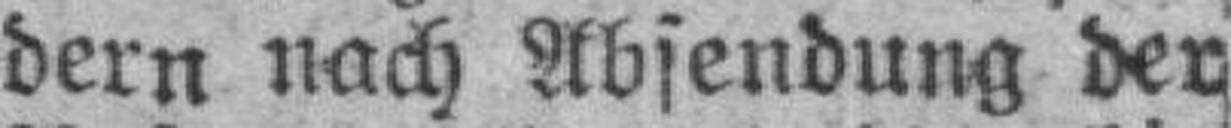
dern nach Absendung der